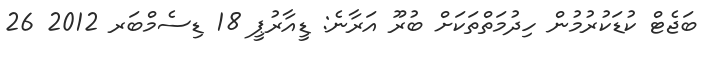
ބަޖެޓް ކުޑަކުރުމުން ހިދުމަތްތަކަށް ބުރޫ އަރާނެ: ޑީއާރުޕީ 18 ޑިސެމްބަރ 2012 26